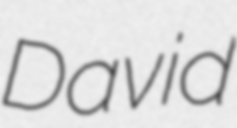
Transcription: David